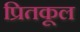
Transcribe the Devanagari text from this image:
प्रितकूल